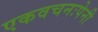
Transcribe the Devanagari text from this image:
एकवचनःपेनी